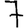
Digit: 7